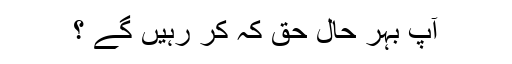
آپ بہر حال حق کہ کر رہیں گے ؟